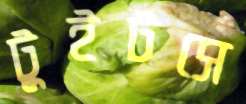
টুইটসে